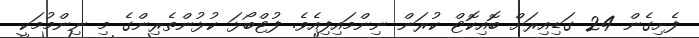
ފެށިގެން 24 ގަޑިއިރަށް ބޮއިކޮޓް ކުރަން ނިންމައިފިއެވެ. ފުޓްބޯޅަ ކުޅުންތެރިންގެ މި ނިންމުމަކީ